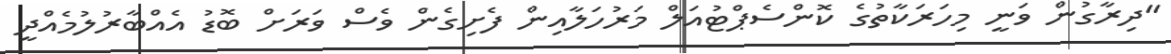
"ދިރާގުން ވަނީ މިހަރަކާތުގެ ކޮންސެޕްޓުއަލް މަރުހަލާއިން ފެށިގެން ވެސް ވަރަށް ބޮޑު އެއްބާރުލުމެއްދީ